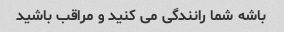
باشه شما رانندگی می کنید و مراقب باشید